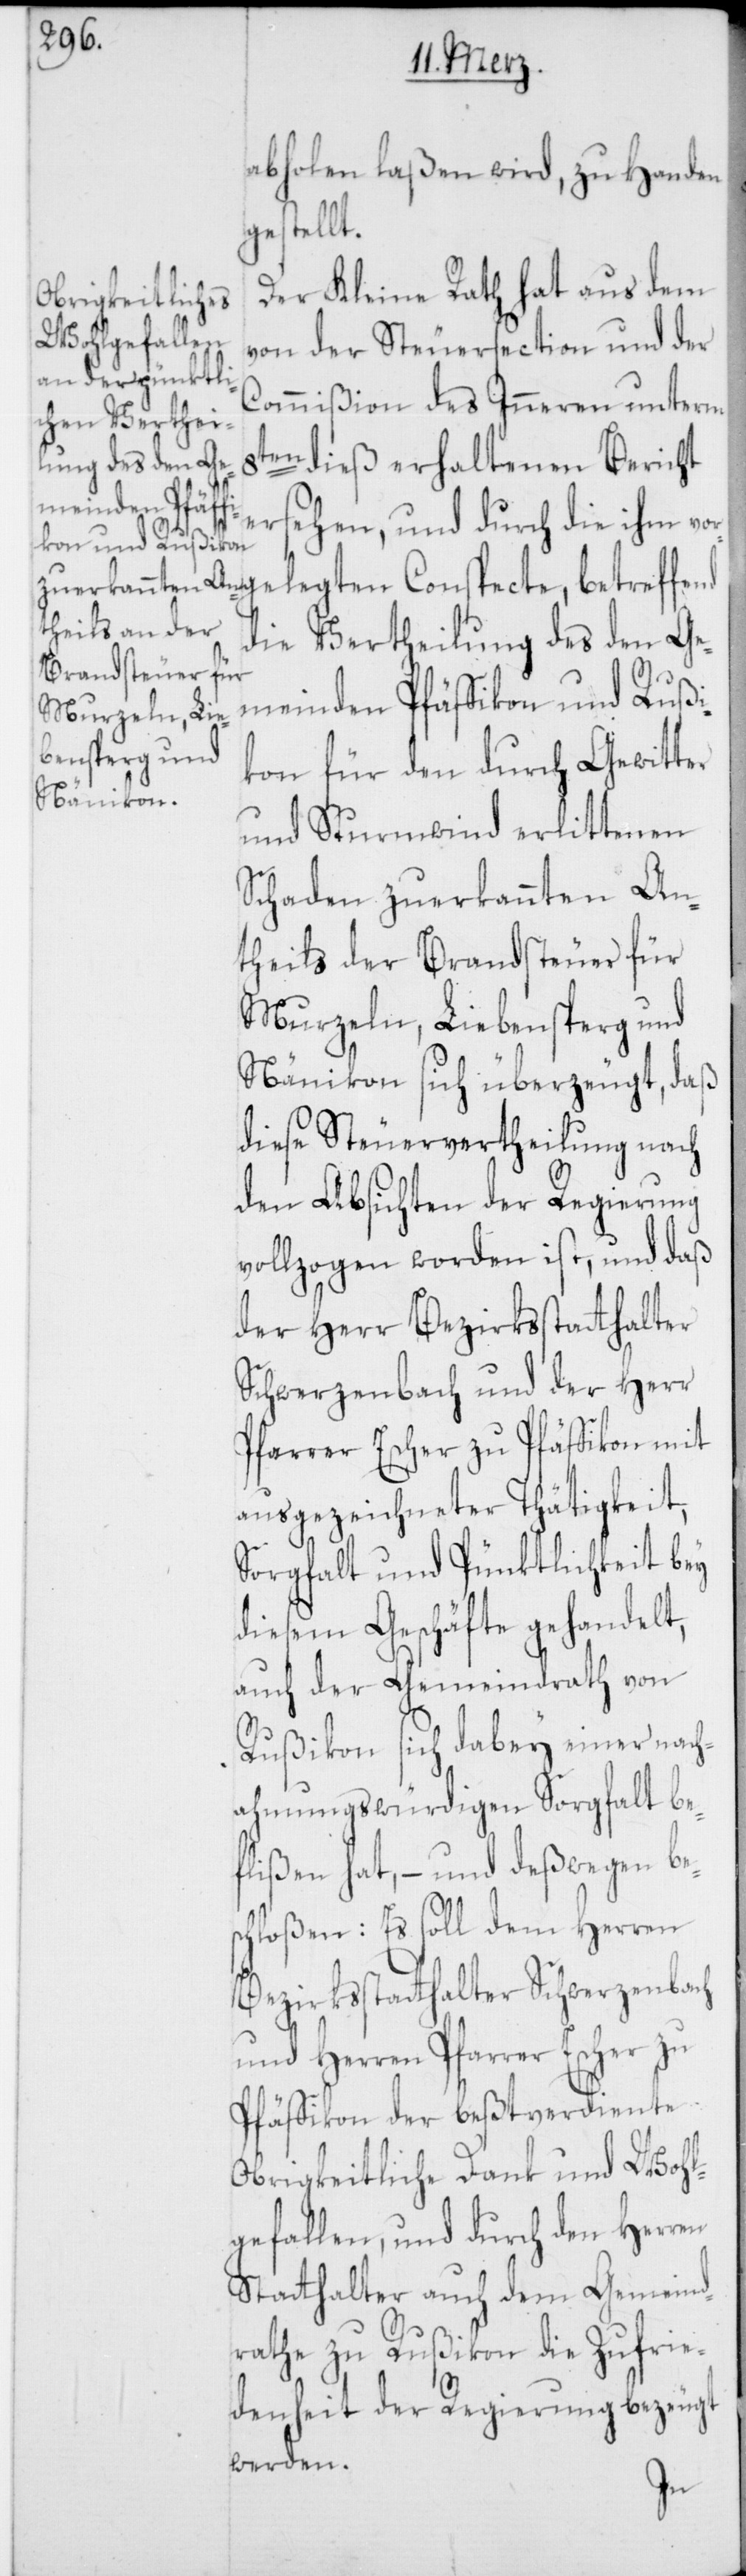
abholen laßen wird, zu Handen
gestellt.
Der Kleine Rath hat aus dem
von der Steuersection und der
Commißion des Inneren unterm
8ten dieß erhaltenen Bericht
ehen, und durch die ihm vor¬
legten Conspecte, betreffe¬
die Vereilung des den Ge¬
meinden Pfäffikon und Rußi¬
kon für den durch Gewitter
und Sturmwind erlittenen
Schaden zuerkannten An¬
theils der Brandsteuer für
Murzeln, Liebensberg und
Nänikon sich überzeugt, daß
diese Steuervertheilung nach
den Absichten der Regierung
vollzogen worden ist, und daß
der Herr Bezirksstatthalter
Schwerzenbach und der Herr
Pfarrer Escher zu Pfäffikon mit
ausgezeichneter Thätigkeit,
Sorgfalt und Pünktlichkeit bey
diesem Geschäfte gehandelt,
auch der Gemeindrath von
Rußikon sich dabey einer nach¬
ahmungswürdigen Sorgfalt be¬
flißen hat, – und deßwegen be¬
schloßen: Es soll dem Herren
Bezirksstatthalter Schwerzenbach
und Herren Pfarrer Escher zu
Pfäffikon der beßtverdiente
Obrigkeitliche Dank und Wohl¬
gefallen, und durch den Herren
Statthalter auch dem Gemeind¬
rathe zu Rußikon die Zufrie¬
denheit der Regierung bezeugt
werden.
nd